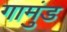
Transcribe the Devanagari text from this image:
गामुंड